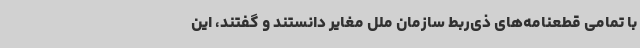
با تمامی قطعنامه‌های ذی‌ربط سازمان ملل مغایر دانستند و گفتند، این